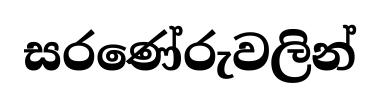
සරණේරුවලින්